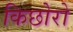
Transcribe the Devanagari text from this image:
किछोरो